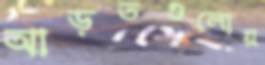
আড়তগুলোয়